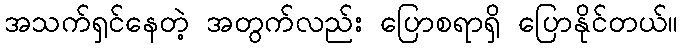
အသက်ရှင်နေတဲ့ အတွက်လည်း ပြောစရာရှိ ပြောနိုင်တယ်။